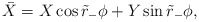
\begin{align*}\bar X = X \cos \tilde r_- \phi + Y \sin \tilde r_- \phi,\end{align*}